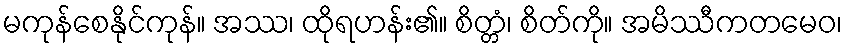
မကုန်စေနိုင်ကုန်။ အဿ၊ ထိုရဟန်း၏။ စိတ္တံ၊ စိတ်ကို။ အမိဿီကတမေဝ၊